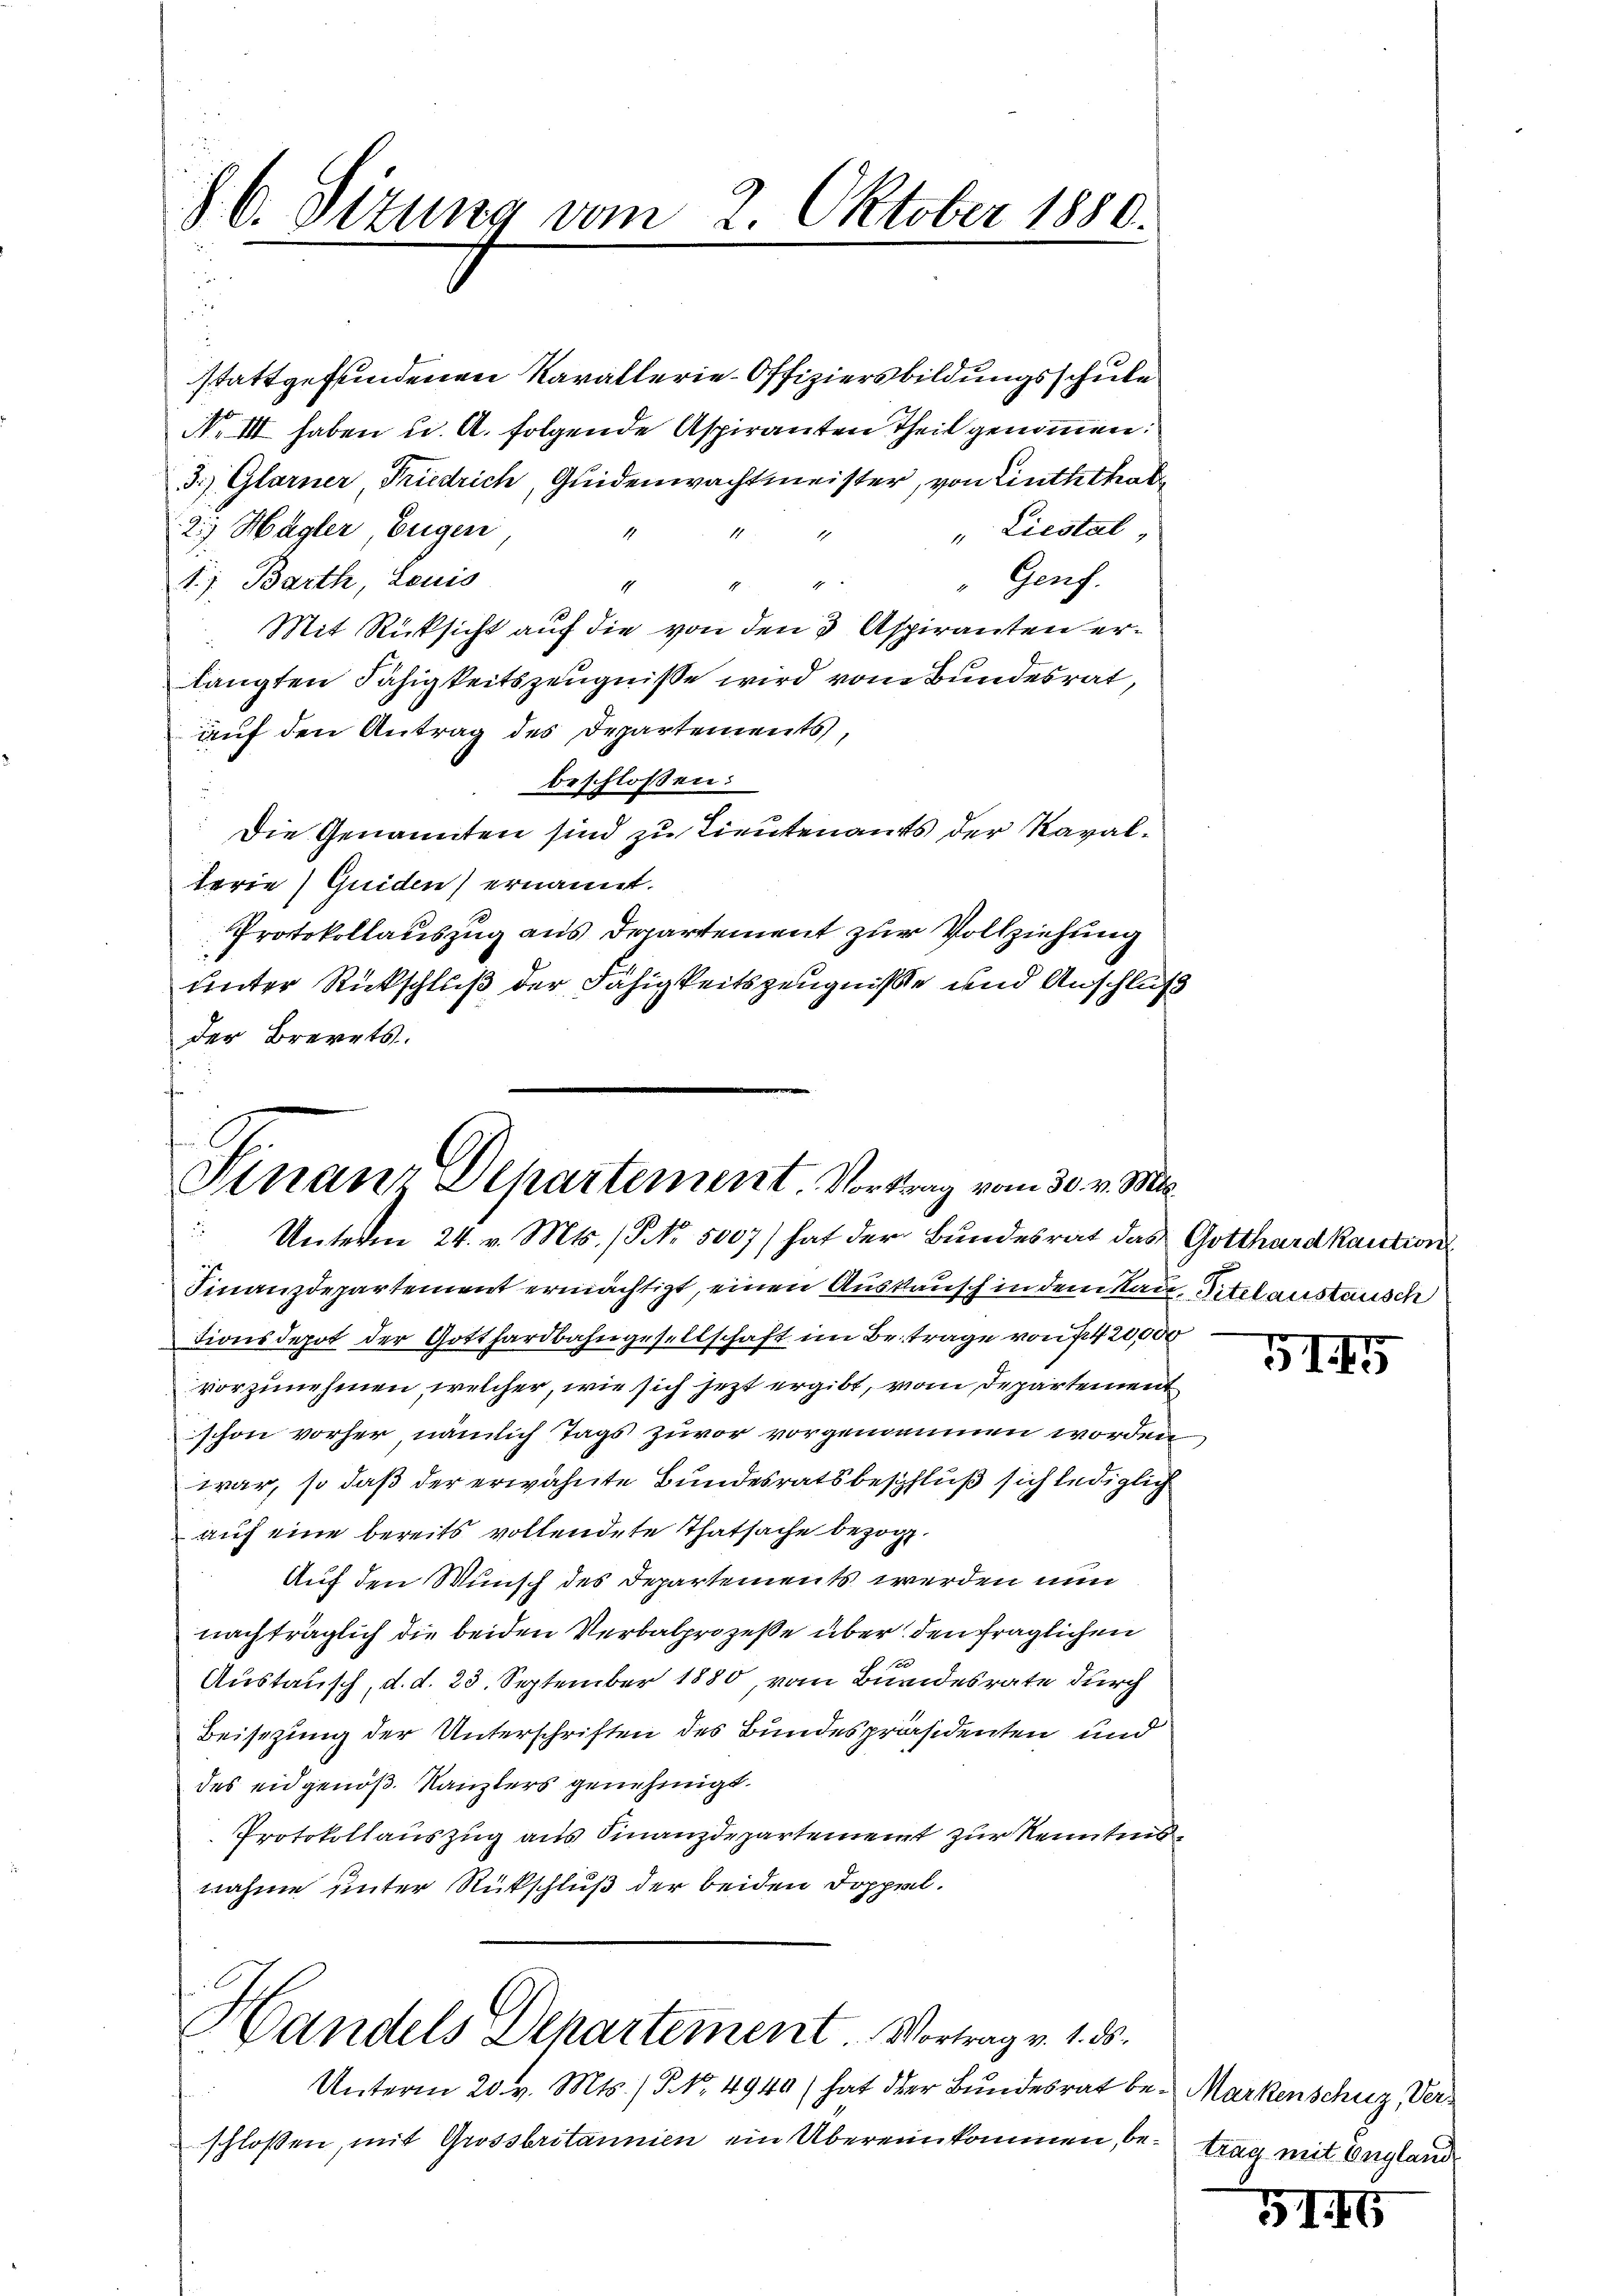
§. 6. Sitzung vom 2. Oktober 1880.

stattgefundenen Kavallerie-Offiziersbildungsschule
No III haben u. A. folgende Aspiranten Theil genommen.
3.) Glarner Friedrich, Quidenwachtmeister, von Linththabe
2.) Hagler Eugen
" Liestal,
Genf.
17. Barth, Leuis
h
1
1
Mit Rücksicht auf die von den 3 Aspiranten erlangten Fähigkeitszeugniße wird vom Bundesrat,
auf den Antrag des Departements,
beschlossen:
Die Genannten sind zu Lieutenants der Kavalterie) Guiden) ernannt.
Protokollauszug aus Departement zur Vollziehung
unter Rückschluß der Fähigkeitszeugnisse und Anschluß
der Brevets.
e

G
Gnanz Departement. Vortrag vom 30. v. Mts.
 Unterm 24. v. Mts. (NNo. 5007) hat der Bundesrat das Gotthardkaution

Finanzdepartement ermächtigt, einen Auskausch in dem Rau, Titel anstausch
tionsdepot der Gotthardbahngesellschaft im Beitrage von 7420,000
vorzunehmen, welcher, wie sich jetzt ergibt, vom Departement
schon vorher, nämlich Tags zuvor vorgenommen worden
war, so daß der erwähnte Bundesratsbeschluß sich lediglich
auf eine bereits vollendete Thatsache bezog.
Auf den Wunsch des Departements werden nun
nachträglich die beiden Verbalprozeße über den fraglichen
See
Austausch, d. d. 23. September 1880, vom Bundesrate durch
Beisezung der Unterschriften des Bundespräsidenten und
des eidgenöß. Kanzlers genehmigt.
Protokollauszug aus Finanzdepartement zur Kenntnisnahme unter Rückschluß der beiden Doppel.

Handels Departement Vortrag v. 1. 25.

Unterm 20. v. Mts. ) P. Nr. 4940 hat der Bundesrat beschlossen, mit Grossbritannien ein Übereinkommen, betrag mit England

e

5145

Markenschuz, Ver¬

516